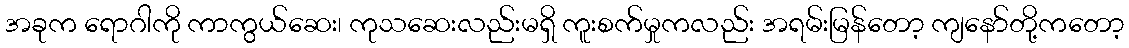
အခုက ရောဂါကို ကာကွယ်ဆေး၊ ကုသဆေးလည်းမရှိ ကူးစက်မှုကလည်း အရမ်းမြန်တော့ ကျနော်တို့ကတော့